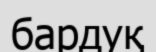
бардуқ